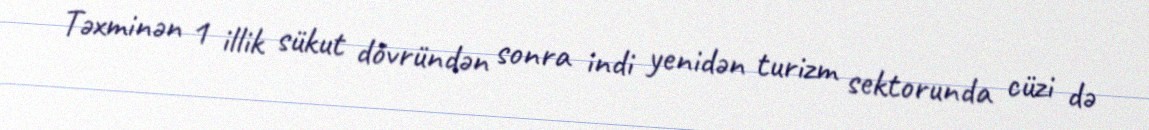
Təxminən 1 illik sükut dövründən sonra indi yenidən turizm sektorunda cüzi də